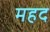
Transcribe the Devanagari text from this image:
महद